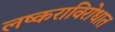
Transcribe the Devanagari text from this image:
लष्कराविरोधात